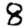
Digit: 8